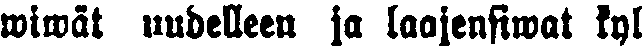
wiwät uudelleen ja laajensiwat kyl